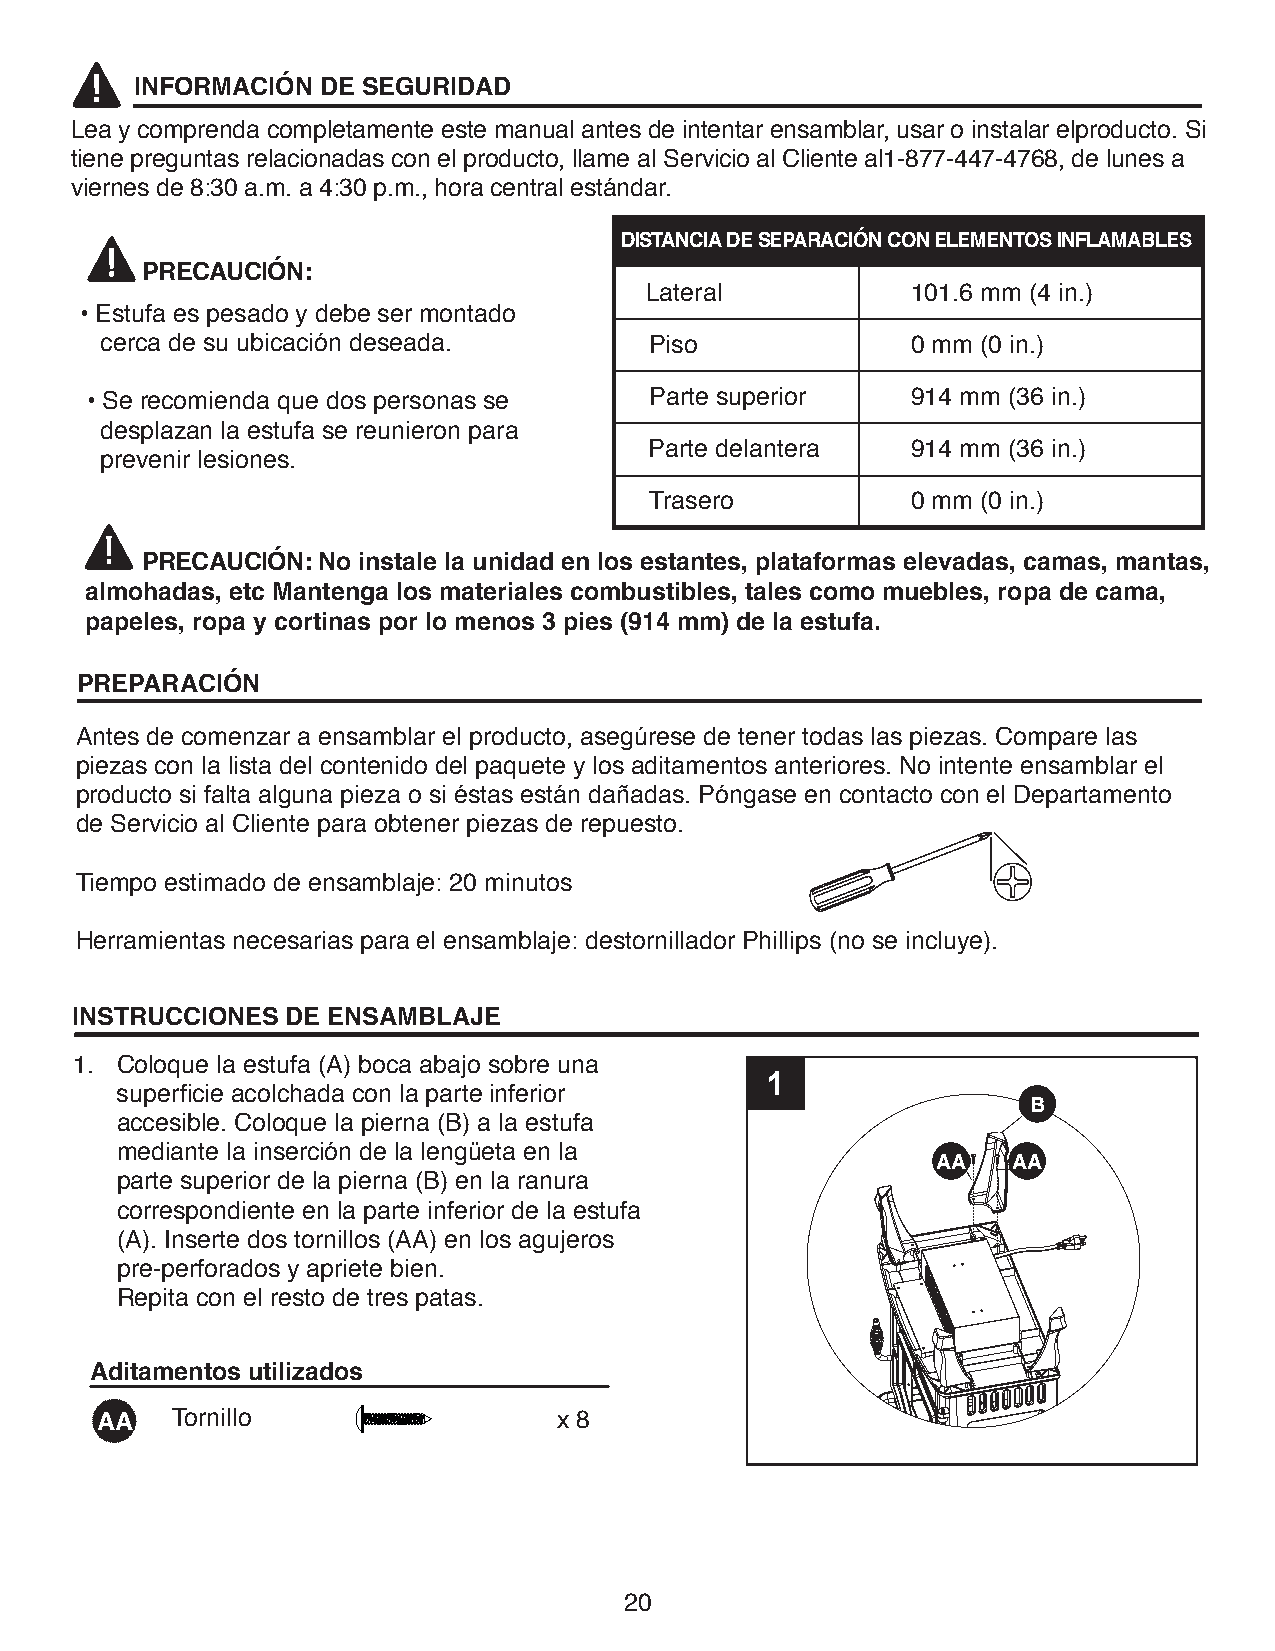
INFORMACIÓN DE SEGURIDAD
 Lea y comprenda completamente este manual antes de intentar ensamblar, usar o instalar elproducto. Si
 tiene preguntas relacionadas con el producto, llame al Servicio al Cliente al1-877-447-4768, de lunes a
 viernes de 8:30 a.m. a 4:30 p.m., hora central estándar.
 DISTANCIA DE SEPARACIÓN CON ELEMENTOS INFLAMABLES
 PRECAUCIÓN:
 Lateral          101.6 mm (4 in.)
 • Estufa es pesado y debe ser montado
 cerca de su ubicación deseada.      P iso            0 mm (0 in.)
 • Se recomienda que dos personas se  Parte superior   914 mm (36 in.)
 desplazan la estufa se reunieron para
 Parte delantera  914 mm (36 in.)
 prevenir lesiones.
 Trasero          0 mm (0 in.)
 PRECAUCIÓN: No instale la unidad en los estantes, plataformas elevadas, camas, mantas,
 almohadas, etc Mantenga los materiales combustibles, tales como muebles, ropa de cama,
 papeles, ropa y cortinas por lo menos 3 pies (914 mm) de la estufa.
 PREPARACIÓN
 Antes de comenzar a ensamblar el producto, asegúrese de tener todas las piezas. Compare las
 piezas con la lista del contenido del paquete y los aditamentos anteriores. No intente ensambl ar el
 producto si falta alguna pieza o si éstas están dañadas. Póngase en contacto con el Departamento
 de Servicio al Cliente para obtener piezas de repuesto.
 Tiempo estimado de ensamblaje: 20 minutos
 Herramientas necesarias para el ensamblaje: destornillador Phillips (no se incluye).
 INSTRUCCIONES DE ENSAMBLAJE
 1. Coloque la estufa (A) boca abajo sobre una
 1
 superficie acolchada con la parte inferior
 B
 accesible. Coloque la pierna (B) a la estufa
 mediante la inserción de la lengüeta en la
 AA   AA
 parte superior de la pierna (B) en la ranura
 correspondiente en la parte inferior de la estufa
 (A). Inserte dos tornillos (AA) en los agujeros
 pre-perforados y apriete bien.
 Repita con el resto de tres patas.
 Aditamentos utilizados
 AA   Tornillo                  x 8
 20